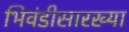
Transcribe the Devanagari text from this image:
भिवंडीसारख्या